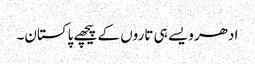
ادھر ویسے ہی تاروں کے پیچھے پاکستان۔